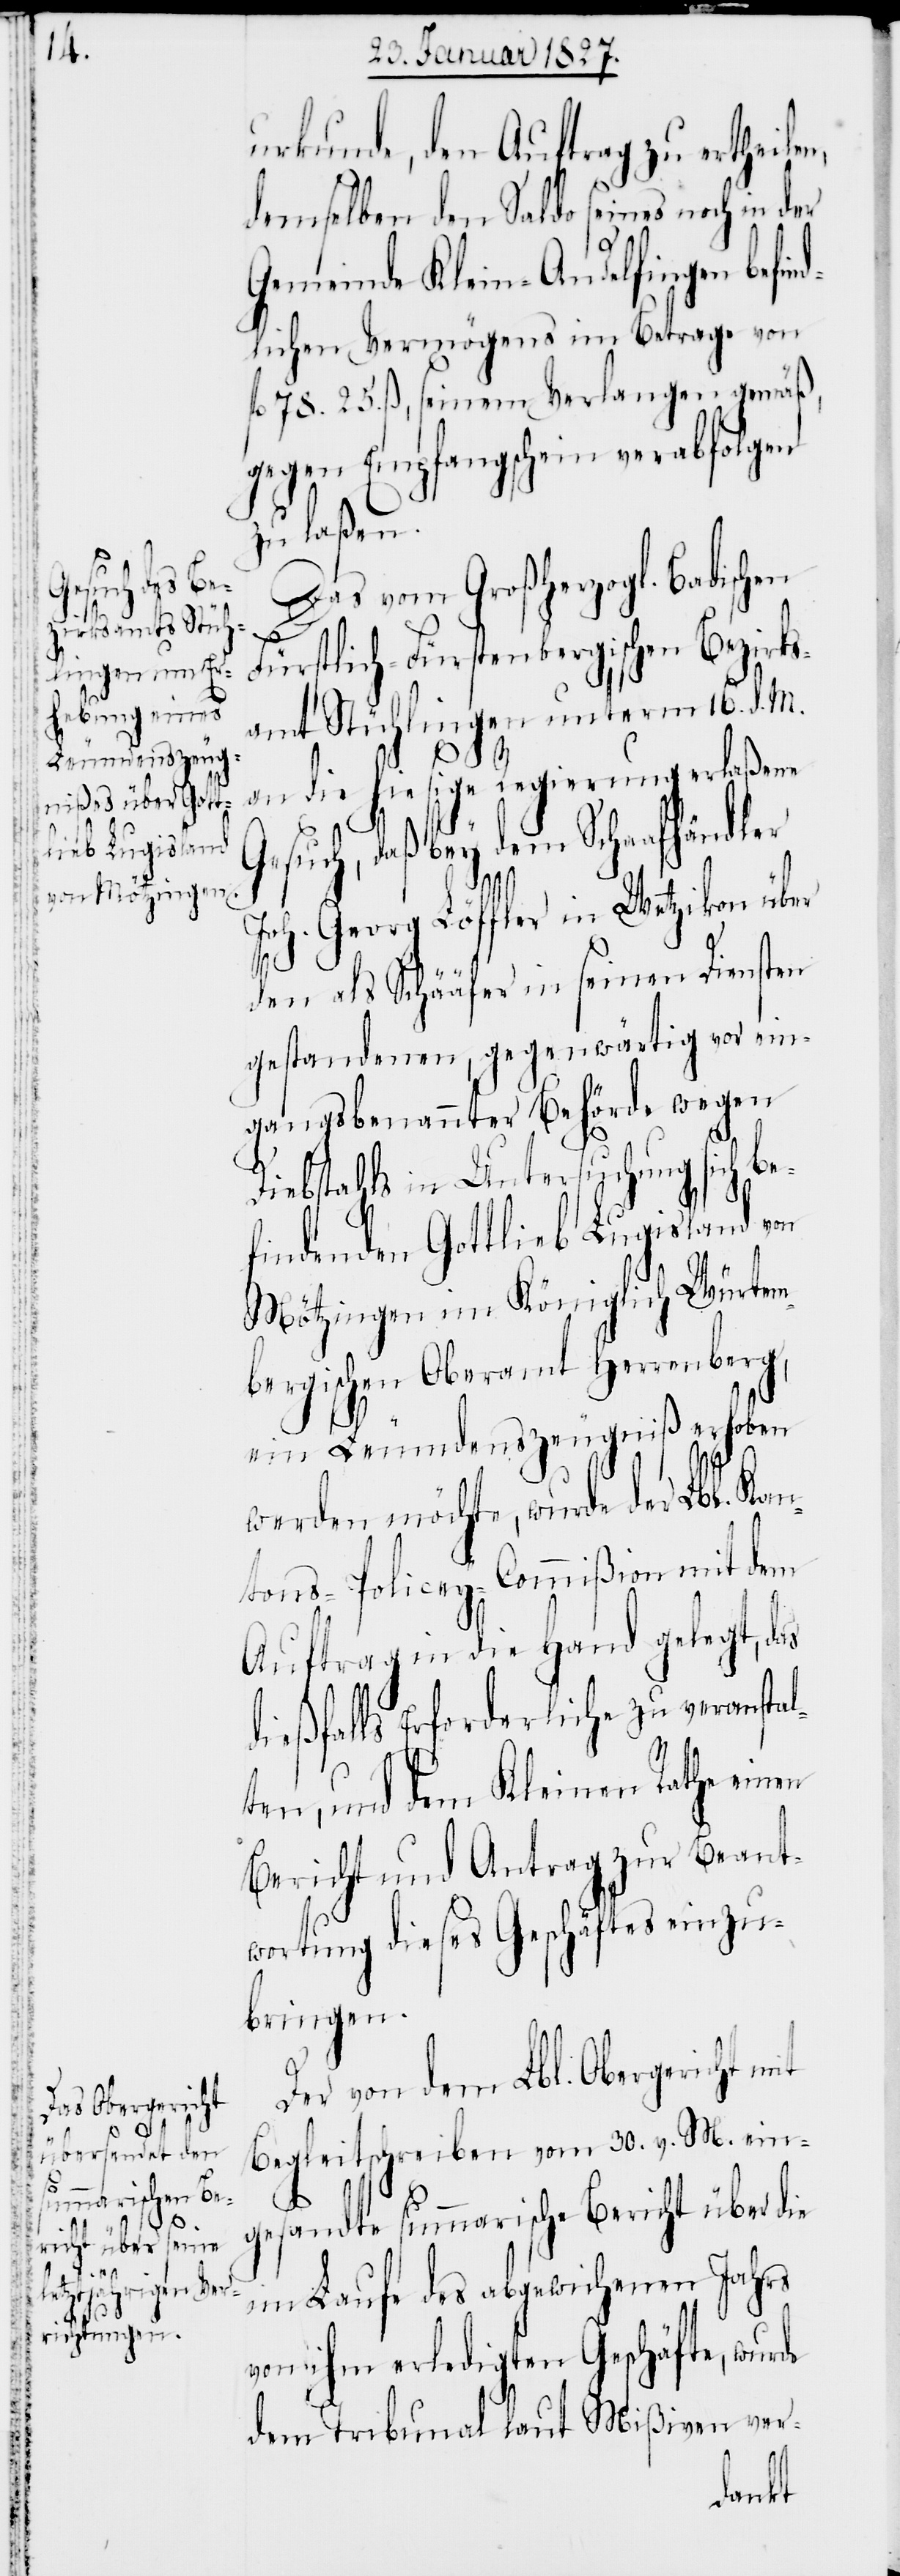
en

urkunde, den Auftrag zu ertheile¬
demselben den Saldo seines noch in der
Gemeinde Klein-Andelfingen befind¬
lichen Vermögens im Betrage von
fl. 78. 25. ß, seinem Verlangen gemäß,
gegen Empfangsschein verabfolgen
zu laßen.
Das vom Großherzogl. Badischen
Fürstlich-Fürstenbergischen Bezirks¬
amt Stühlingen unterm 16. d. M.
l¬
an die hiesige Regierung erlaßene
Gesuch, daß bey dem Schaafhändler
Joh. Georg Löffler in Wetzikon über
den als Schääfer in seinen Diensten
gestandenen, gegenwärtig vor ein¬
gangsbenannter Behörde wegen
Diebstahls in Untersuchung sich be¬
findenden Gottlieb Lugisland von
Mötzingen im Königlich Würtem¬
bergischen Oberamt Herrenberg,
ein Leumdenszeugniß erhoben
werden möchte, wurde der Lbl. Kan¬
tons-Policey-Commißion mit dem
Auftrag in die Hand gelegt, das
dießfalls Erforderliche zu veransta¬
ten, und dem Kleinen Rathe ein¬
Bericht und Antrag zur Beant¬
wortung dieses Geschäftes einzu¬
bringen.
Der von dem Lbl. Obergericht mit
Begleitschreiben vom 30. v. M. ein¬
gesandte summarische Bericht über die
im Laufe des abgewichenen Jahrs
von ihm erledigten Geschäfte, wurde
dem Tribunal laut Mißiven ver-